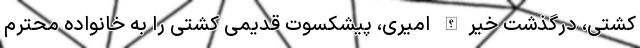
کشتی، درگذشت خیرالله امیری، پیشکسوت قدیمی کشتی را به خانواده محترم